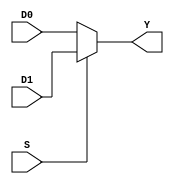
module m21( D0, D1, S, Y);
	input wire [7: 0] D0, D1;
	input wire S;
	output reg [7:0] Y;

	always @(D0 or D1 or S)
	begin

	if(S) 
		Y= D1;
	else
		Y=D0;
	end

endmodule